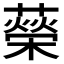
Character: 𦾵